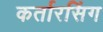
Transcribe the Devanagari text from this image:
कर्तारसिंग